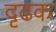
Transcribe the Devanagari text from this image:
दृढक